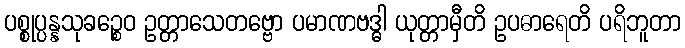
ပစ္စုပ္ပန္နသုခဉ္စေဝ ဥတ္တာသေတဗ္ဗော ပမာဏဗဒ္ဓါ ယုတ္တာမှီတိ ဥပဓာရေတိ ပရိဘူတာ